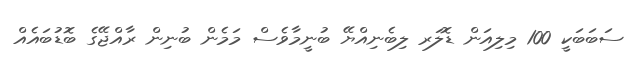
ސަބަބަކީ 100 މިލިއަން ޑޮލަރ ލިބެނިއްޔޭ ބުނީމާވެސް މަމެން ބުނިން ރާއްޖޭގެ ބޮޑުބައެއް